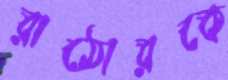
রাঠোরকে